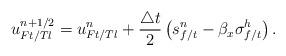
LaTeX: \begin{align*}u_{Ft/Tl}^{n+1/2} = u_{Ft/Tl}^n + \frac{\triangle t} 2\left(s_{f/t}^n-\beta_x \sigma^h_{f/t} \right).\end{align*}